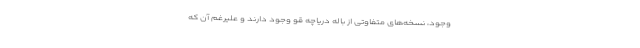
وجود، نسخه‌های متفاوتی از باله دریاچه قو وجود دارند و علیرغم آن که